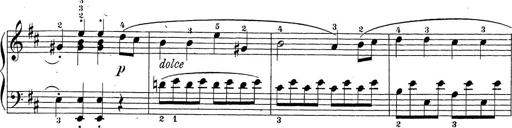
Title: Sonatina Album
Composer: Louis KÃ¶hler